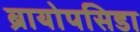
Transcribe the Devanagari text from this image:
ब्रायोपसिडा